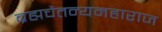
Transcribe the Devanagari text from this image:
ब्रह्मचैतन्यमहाराज